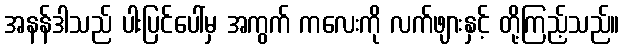
အနန်ဒါသည် ပါးပြင်ပေါ်မှ အကွက် ကလေးကို လက်ဖျားနှင့် တို့ကြည့်သည်။